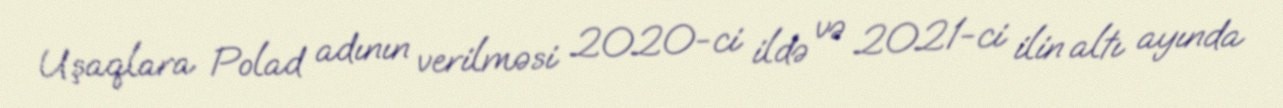
Uşaqlara Polad adının verilməsi 2020-ci ildə və 2021-ci ilin altı ayında